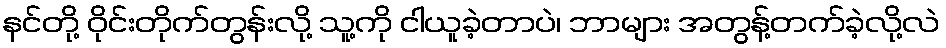
နင်တို့ ဝိုင်းတိုက်တွန်းလို့ သူ့ကို ငါယူခဲ့တာပဲ၊ ဘာများ အတွန့်တက်ခဲ့လို့လဲ